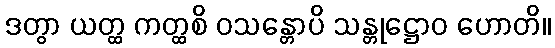
ဒတွာ ယတ္ထ ကတ္ထစိ ဝသန္တောပိ သန္တုဋ္ဌောဝ ဟောတိ။